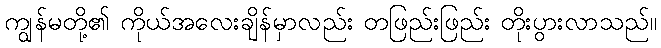
ကျွန်မတို့၏ ကိုယ်အလေးချိန်မှာလည်း တဖြည်းဖြည်း တိုးပွားလာသည်။